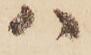
ハ